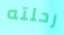
رحلته